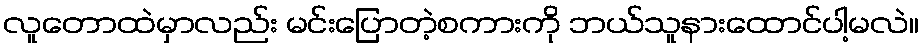
လူတောထဲမှာလည်း မင်းပြောတဲ့စကားကို ဘယ်သူနားထောင်ပါ့မလဲ။